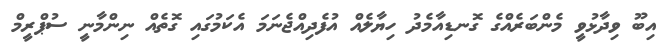
އިބޫ ވިދާޅުވީ މެންބަރެއްގެ ގޮނޑިއާމެދު ހިޔާލެއް އުފެދިއްޖެނަމަ އެކަމުގައި ގޮތެއް ނިންމާނީ ސުޕްރީމް